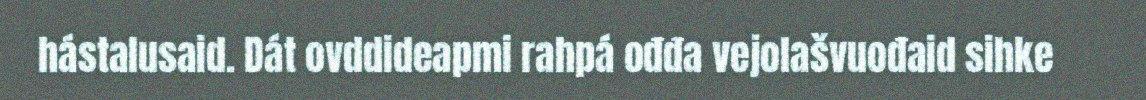
hástalusaid. Dát ovddideapmi rahpá ođđa vejolašvuođaid sihke